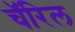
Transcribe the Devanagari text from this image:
चॅरिल